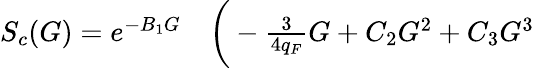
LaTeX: \begin{array}{rl}{S_{c}(G)=e^{-B_{1}G}}&{{}\bigg(-\frac{3}{4q_{F}}G+C_{2}G^{2}+C_{3}G^{3}}\end{array}